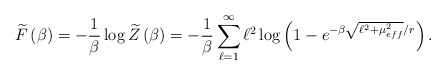
\begin{align*}\widetilde{F}\left(\beta \right)=-\frac{1}{\beta }\log \widetilde{Z}\left(\beta \right)=-\frac{1}{\beta }\sum _{\ell =1}^{\infty }\ell ^{2}\log \left(1-e^{-\beta \sqrt{\ell ^{2}+\mu _{eff}^{2}}/r}\right).\end{align*}